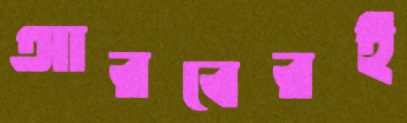
আরবেরই